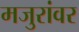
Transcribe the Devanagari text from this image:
मजुरांवर